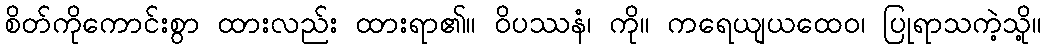
စိတ်ကိုကောင်းစွာ ထားလည်း ထားရာ၏။ ဝိပဿနံ၊ ကို။ ကရေယျယထေဝ၊ ပြုရာသကဲ့သို့။